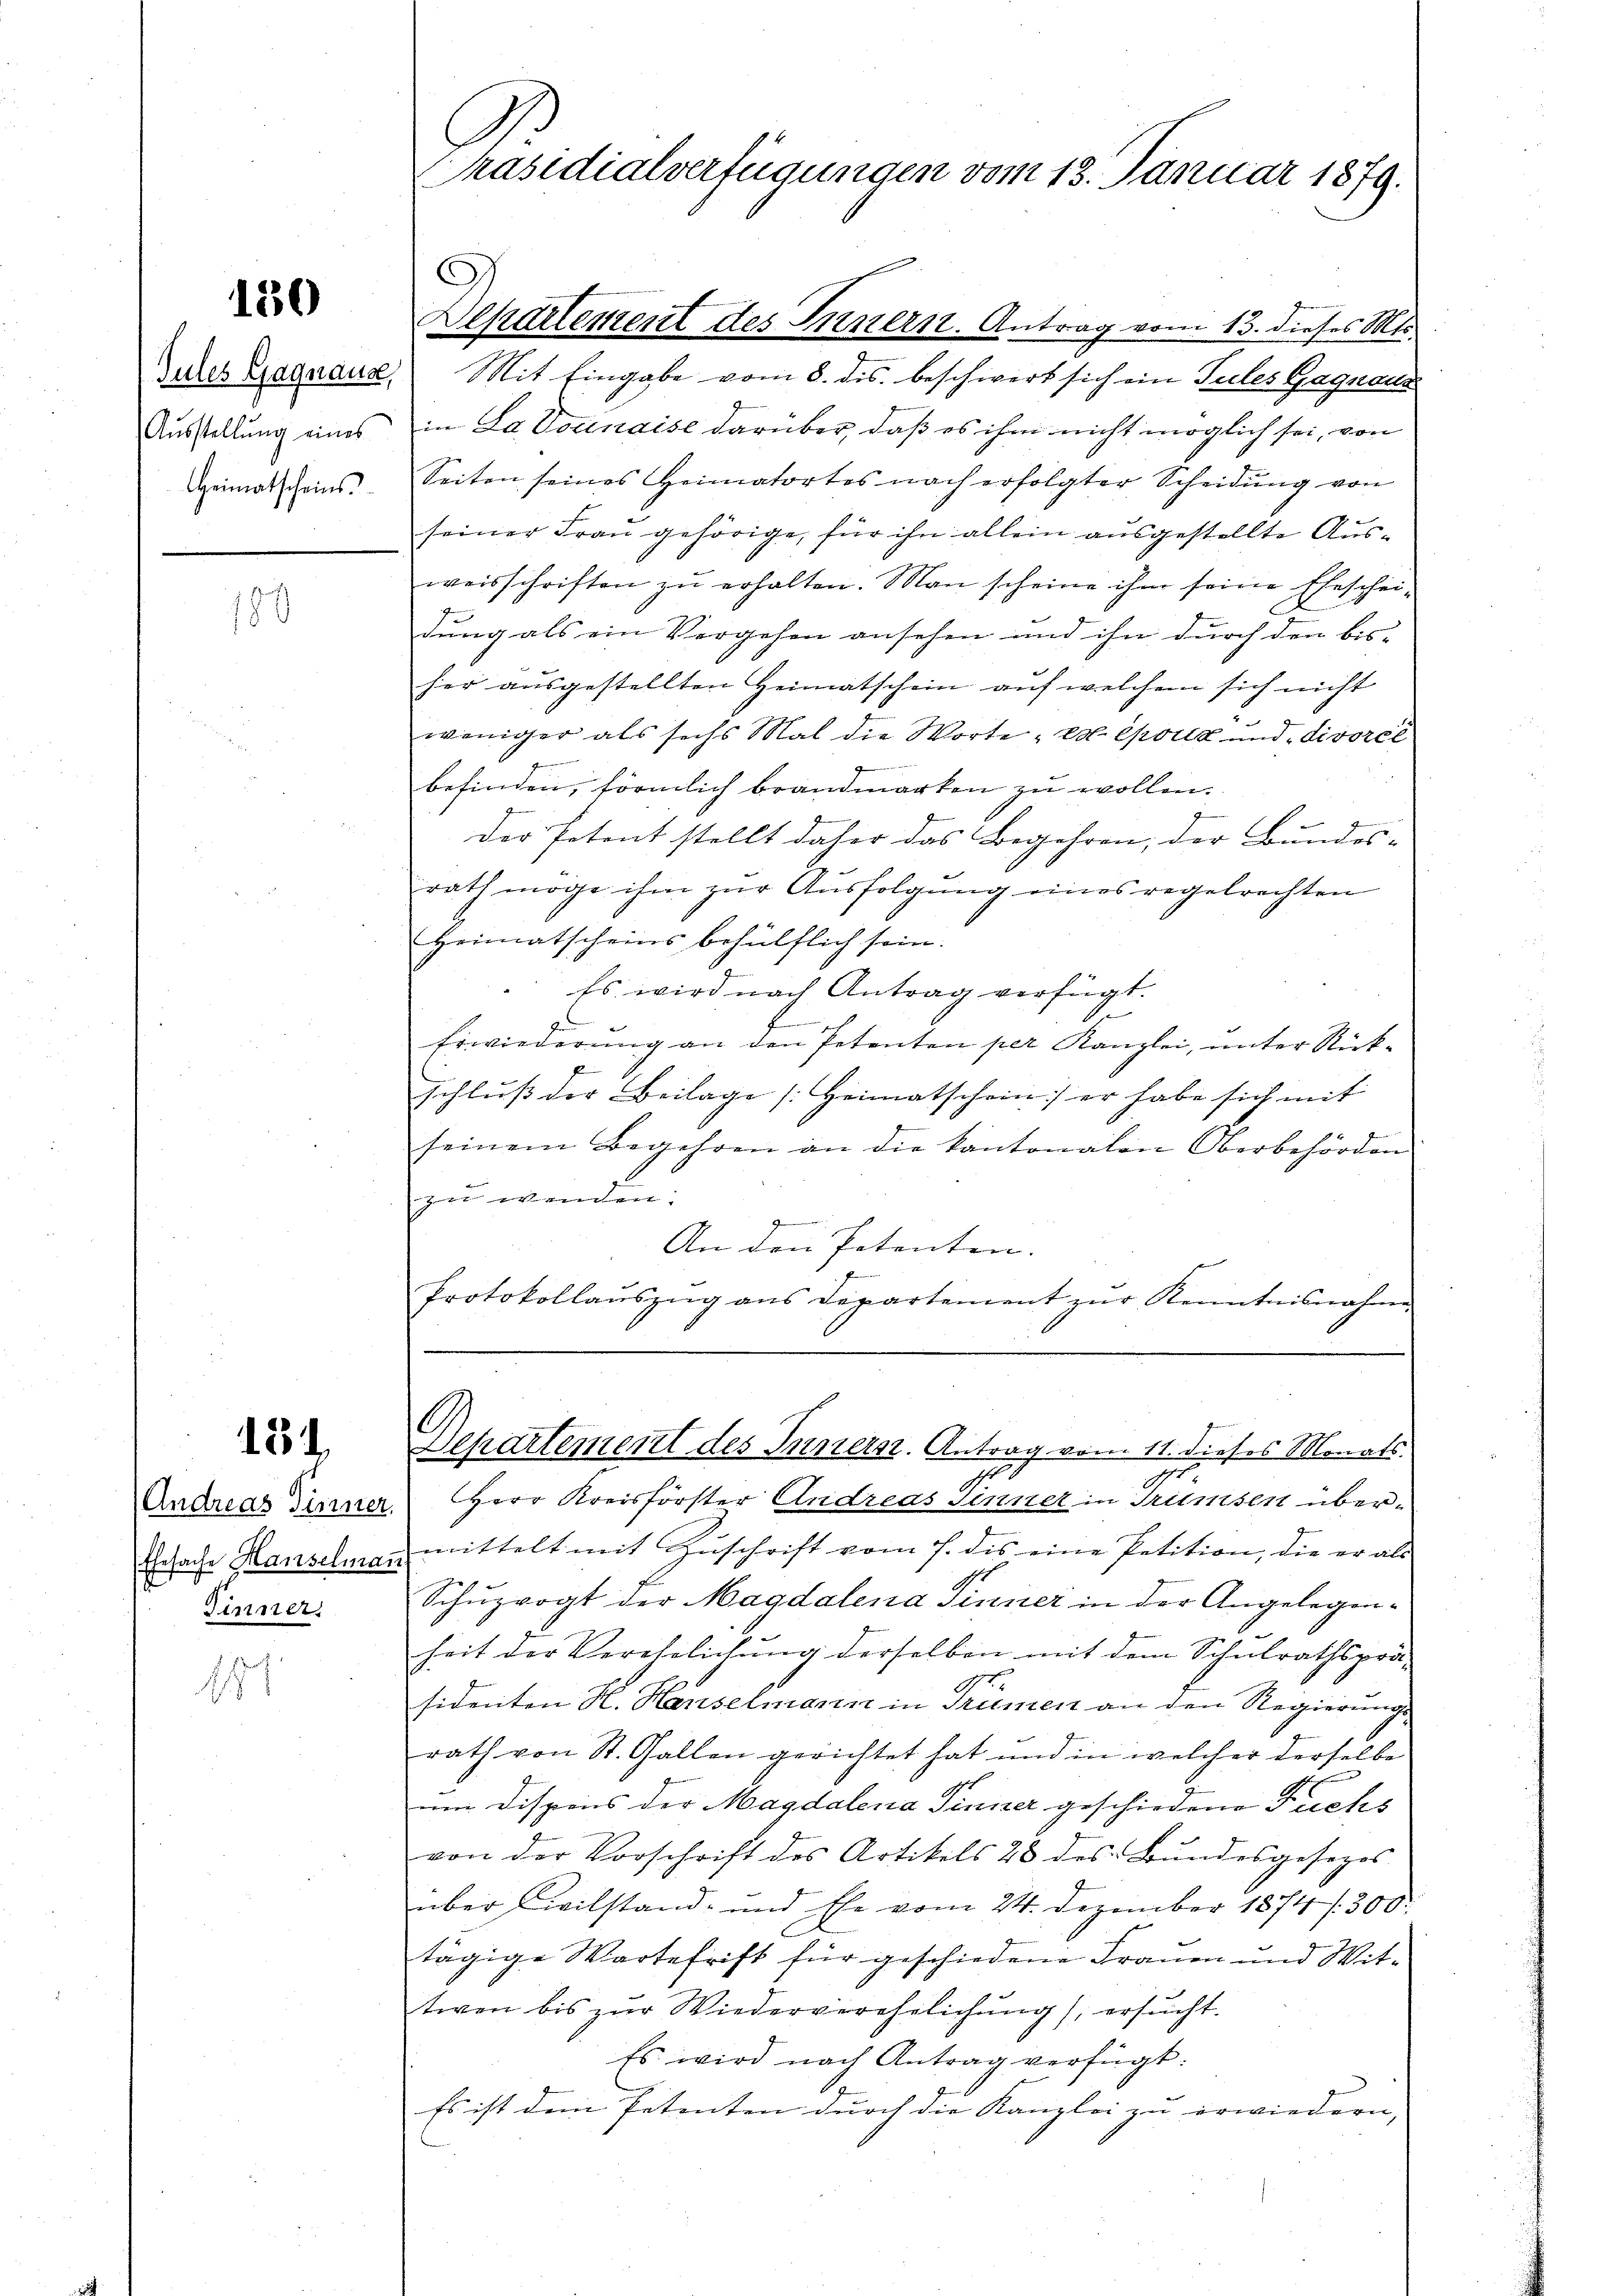
130

Ausstellung eines
Heimatscheins.

189

151

Andreas Sinner
Ehesache Hanselman
Finner
157

Präsidialverfügungen vom 13. Januar 1879.

Departement des Innern. Antrag vom 13. dieses Mts.

Ides Begnaue Mit Eingabe vom 8. ds. beschwert sich ein Tules Gagnaue
in La donnaise darüber, daß es ihm nicht möglich sei, von
Seiten seines Heimatortes nach erfolgter Scheidŭng von
seiner Frau gehörige, für ihn allein ausgestellte Ausweisschriften zu erhalten. Man scheine ihm seine Eheschei¬
)
dung als ein Vergehen ansehen und ihn durch den bis-
her ausgestellten Heimatschein auf welchem sich nicht
weniger als sechs Mal die Worte, et Colle und divorcé
befinden, förmlich brandmarken zu wollen.
der Petent stellt daher das Begehren, der Bundes- |
rath möge ihm zur Ausfolgung eines regelrechten
Heimatscheins behülflich sein.
Es wird nach Antrag verfügt.
.
E
Erwiederung an den Petenten per Kanzlei, unter Rückschluß der Beilage [Heimatschein) er habe sich mit |
seinem Begehren an die kantonalen Oberbehörden
zu wenden:
An den Petenten.
Protokollaŭszŭg ans Departement zŭr Kenntnisnahme
Departement des Pinters. Antrag vom 11. dieses Monats.
10
.
Herr Kreisförster Andreas Sinner in Trümsen übermittelt mit Zuschrift vom 7. des eine Petition, die er als
2f
Schuprogt der Magdalena Tinizer in der Angelegenheit der Verehelichung derselben mit dem Schulrathsprä-
sidenten H. Hanselmann in Trümen an den Regierungs-
rath von St. Gallen gerichtet hat und in welcher derselbe
d
um Dispens der Magdalena Sinner geschiedene Fuchs
von der Vorschrift des Artikels 28 des Bundesgesezes
über Civilstand- und Ehe vom 24. Dezember 1874 /300
tägige Wartefrist für geschiedene Frauen und Wittiven bis zur Wiederverehelichung ersucht.
Es wird nach Antrag verfügt:
Es ist dein Petenten durch die Kanzlei zu erwiedern, |